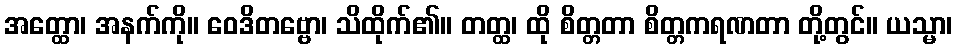
အတ္ထော၊ အနက်ကို။ ဝေဒိတဗ္ဗော၊ သိထိုက်၏။ တတ္ထ၊ ထို စိတ္တတာ စိတ္တကရဏတာ တို့တွင်။ ယသ္မာ၊